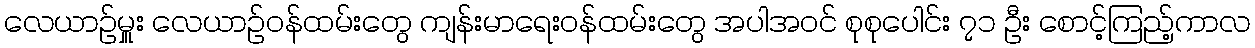
လေယာဉ်မှူး လေယာဉ်ဝန်ထမ်းတွေ ကျန်းမာရေးဝန်ထမ်းတွေ အပါအဝင် စုစုပေါင်း ၇၁ ဦး စောင့်ကြည့်ကာလ